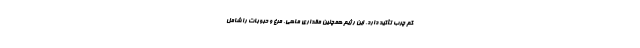
کم چرب تأکید دارد. این رژیم همچنین مقداری ماهی، مرغ و حبوبات را شامل